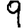
Digit: 9